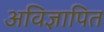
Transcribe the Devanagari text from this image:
अविज्ञापित